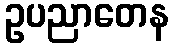
ဥပညာတေန